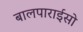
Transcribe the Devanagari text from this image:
बालपाराईसो